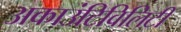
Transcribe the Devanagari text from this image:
अकाउंटिविलिटी